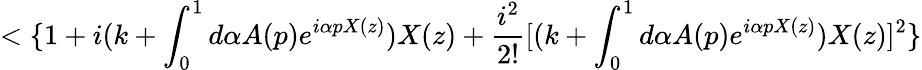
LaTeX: <\{ 1+i(k+\int_{0}^{1}d\alpha A(p)e^{i\alpha pX(z)})X(z)+\frac{i^{2}}{2!}[(k+\int_{0}^{1}d\alpha A(p)e^{i\alpha pX(z)})X(z)]^{2}\}